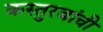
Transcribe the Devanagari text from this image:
कस्तुरबांची